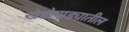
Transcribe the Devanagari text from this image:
खेडोपाड्यातील